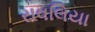
રાવલિયા